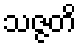
သဇ္ဇတိ